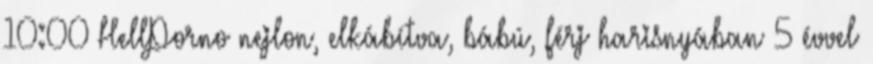
10:00 HellPorno nejlon, elkábítva, bábú, férj harisnyában 5 évvel